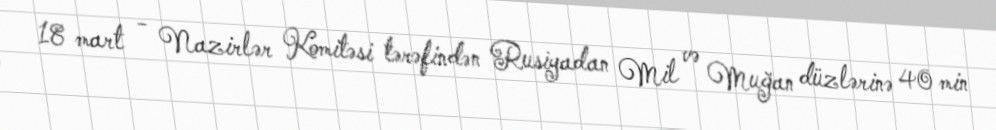
18 mart - Nazirlər Komitəsi tərəfindən Rusiyadan Mil və Muğan düzlərinə 40 min